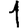
Digit: 1